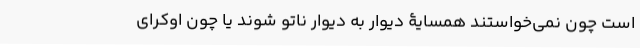
است چون نمی‌خواستند همسایۀ دیوار به دیوار ناتو شوند یا چون اوکرای